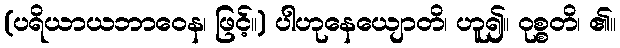
(ပရိယာယဘာဝေန၊ ဖြင့်။) ပါဟုနေယျောတိ၊ ဟူ၍။ ဝုစ္စတိ၊ ၏။